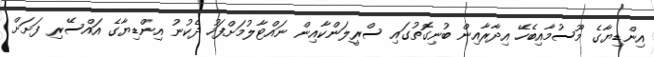
އިންޑިޔާގެ މޫސުމާއިބެހޭ އިދާރާއިން ބުނިގޮތުގައި ސްރީލަންކާއިން ނައްޓާލުމަށްފަހު ދެކުނު އިންޑިޔާގެ އައްސޭރި ފަށަށް